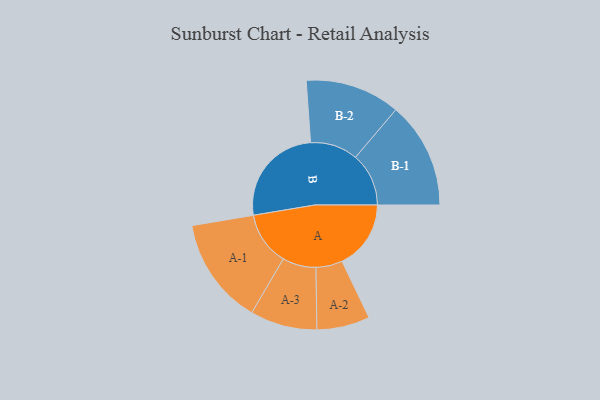
{"axis": {"x": "Segment", "y": "Value"}, "legend": ["", "A", "B"], "data": [{"x": "A", "y": 325, "type": ""}, {"x": "B", "y": 482, "type": ""}, {"x": "A-1", "y": 253, "type": "A"}, {"x": "A-2", "y": 125, "type": "A"}, {"x": "A-3", "y": 158, "type": "A"}, {"x": "B-1", "y": 251, "type": "B"}, {"x": "B-2", "y": 224, "type": "B"}]}